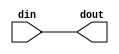
/* Generated by Yosys 0.18+10 (git sha1 9ae216287, gcc 11.1.0-1ubuntu1~20.04 -fPIC -Os) */

module ft(din, dout);
  input din;
  output dout;
  (* keep = 32'h00000001 *)
  (* src = "ft.v:10.9-10.12" *)
  (* keep = 32'h00000001 *)
  (* src = "ft.v:10.9-10.12" *)
  wire din;
  (* keep = 32'h00000001 *)
  (* src = "ft.v:11.10-11.14" *)
  (* keep = 32'h00000001 *)
  (* src = "ft.v:11.10-11.14" *)
  wire dout;
  assign dout = din;
endmodule